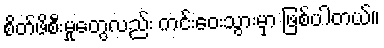
စိတ်ဖိစီးမှုတွေလည်း ကင်းဝေးသွားမှာ ဖြစ်ပါတယ်။